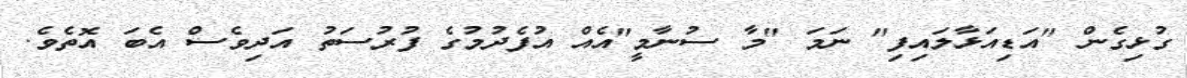
ގުޅިގެން "އަޑިއަޅާލައިފި" ނަމަ "މާ ސުނާމީ"އެއް އުފެދުމުގެ ފުރުސަތު އަދިވެސް އެބަ އޮތެވެ.